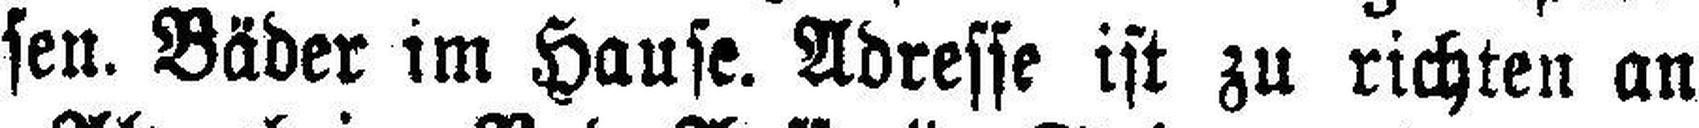
sen. Bäder im Hause. Adresse ist zu richten an